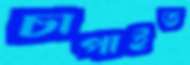
চাপাইত